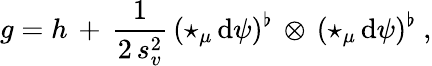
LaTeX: g=h\, +\, \frac 1{2\, s_{v}^{2}}\, (\star_{\mu}\, \mathrm{d}\psi)^{\flat}\, \otimes\, (\star_{\mu}\, \mathrm{d}\psi)^{\flat}\ ,